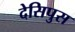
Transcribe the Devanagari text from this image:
देसिपुस